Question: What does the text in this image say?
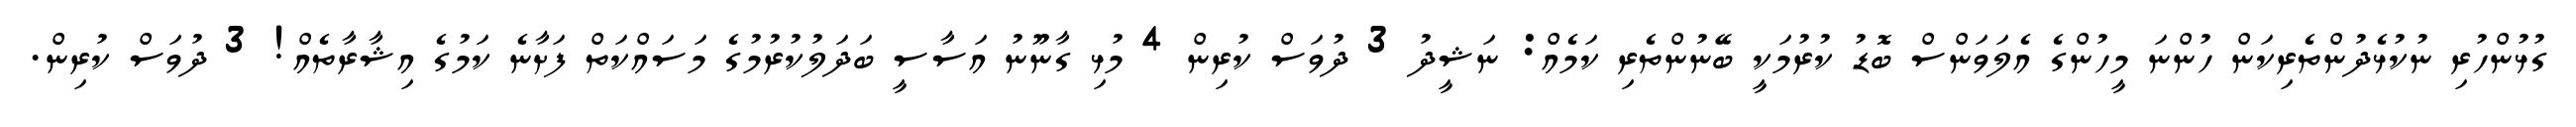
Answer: ގުޅުންހުރި ނުކުޅެދުންތެރިކަން ހުންނަ މީހުންގެ އެލަވަންސް ބޮޑު ކުރުމަކީ ބޭނުންތެރި ކަމެއް: ނަޝީދު 3 ދުވަސް ކުރިން 4 މުޅި ގާނޫނު އަސާސީ ބަދަލުކުރުމުގެ މަސައްކަތް ފަށާނެ ކަމުގެ އިޝާރާތެއް! 3 ދުވަސް ކުރިން.